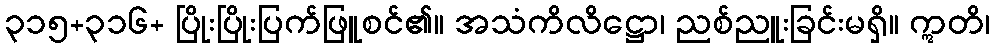
၃၁၅+၃၁၆+ ပြိုးပြိုးပြက်ဖြူစင်၏။ အသံကိလိဋ္ဌော၊ ညစ်ညူးခြင်းမရှိ။ ဣတိ၊